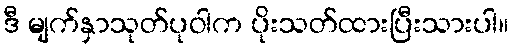
ဒီ မျက်နှာသုတ်ပုဝါက ပိုးသတ်ထားပြီးသားပါ။